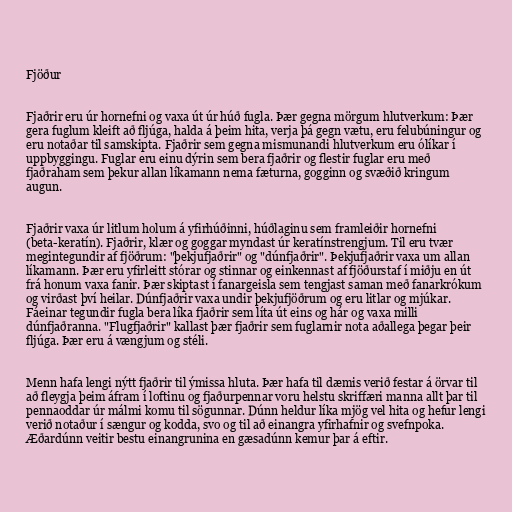
Fjöður

Fjaðrir eru úr hornefni og vaxa út úr húð fugla. Þær gegna mörgum hlutverkum: Þær
gera fuglum kleift að fljúga, halda á þeim hita, verja þá gegn vætu, eru felubúningur og
eru notaðar til samskipta. Fjaðrir sem gegna mismunandi hlutverkum eru ólíkar í
uppbyggingu. Fuglar eru einu dýrin sem bera fjaðrir og flestir fuglar eru með
fjaðraham sem þekur allan líkamann nema fæturna, gogginn og svæðið kringum
augun.

Fjaðrir vaxa úr litlum holum á yfirhúðinni, húðlaginu sem framleiðir hornefni
(beta-keratín). Fjaðrir, klær og goggar myndast úr keratínstrengjum. Til eru tvær
megintegundir af fjöðrum: "þekjufjaðrir" og "dúnfjaðrir". Þekjufjaðrir vaxa um allan
líkamann. Þær eru yfirleitt stórar og stinnar og einkennast af fjöðurstaf í miðju en út
frá honum vaxa fanir. Þær skiptast í fanargeisla sem tengjast saman með fanarkrókum
og virðast því heilar. Dúnfjaðrir vaxa undir þekjufjöðrum og eru litlar og mjúkar.
Fáeinar tegundir fugla bera líka fjaðrir sem líta út eins og hár og vaxa milli
dúnfjaðranna. "Flugfjaðrir" kallast þær fjaðrir sem fuglarnir nota aðallega þegar þeir
fljúga. Þær eru á vængjum og stéli.

Menn hafa lengi nýtt fjaðrir til ýmissa hluta. Þær hafa til dæmis verið festar á örvar til
að fleygja þeim áfram í loftinu og fjaðurpennar voru helstu skriffæri manna allt þar til
pennaoddar úr málmi komu til sögunnar. Dúnn heldur líka mjög vel hita og hefur lengi
verið notaður í sængur og kodda, svo og til að einangra yfirhafnir og svefnpoka.
Æðardúnn veitir bestu einangrunina en gæsadúnn kemur þar á eftir.